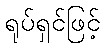
ရုပ်ရှင်ဖြင့်